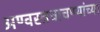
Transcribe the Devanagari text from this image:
अण्वस्त्रचाचण्यांच्या